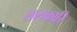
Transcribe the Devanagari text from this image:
ललकारि